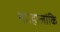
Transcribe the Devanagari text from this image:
था।हालांकि